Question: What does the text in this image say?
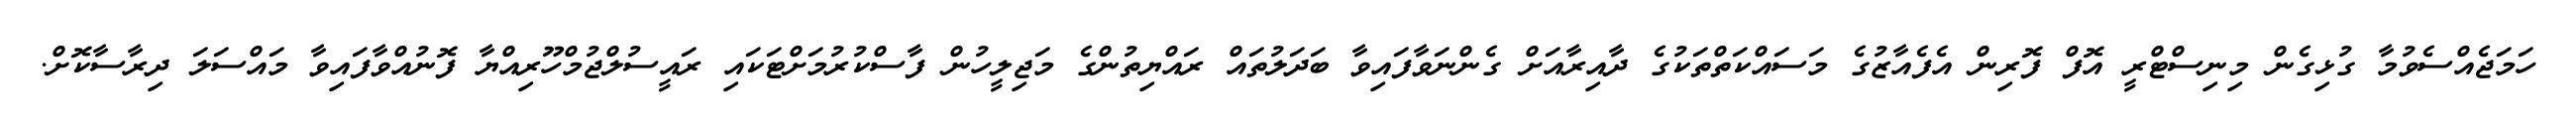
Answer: ހަމަޖެއްސެވުމާ ގުޅިގެން މިނިސްޓްރީ އޮފް ފޮރިން އެފެއާޒުގެ މަސައްކަތްތަކުގެ ދާއިރާއަށް ގެންނަވާފައިވާ ބަދަލުތައް ރައްޔިތުންގެ މަޖިލީހުން ފާސްކުރުމަށްޓަކައި ރައީސުލްޖުމްހޫރިއްޔާ ފޮނުއްވާފައިވާ މައްސަލަ ދިރާސާކޮށް.